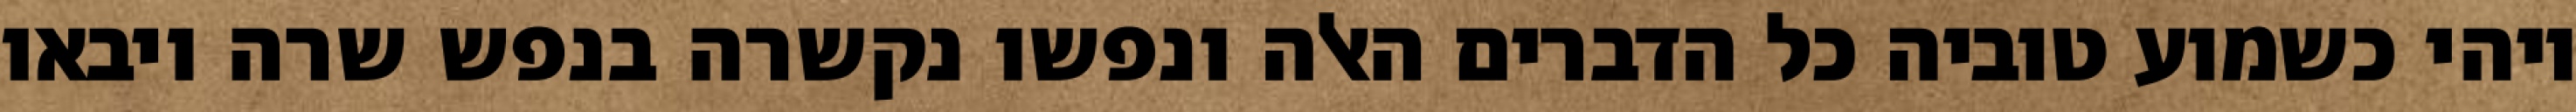
ויהי כשמוע טוביה כל הדברים האלה ונפשו נקשרה בנפש שרה ויבאו